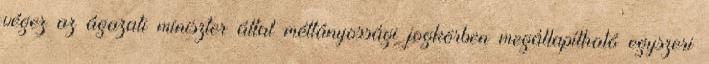
végez az ágazati miniszter által méltányossági jogkörben megállapítható egyszeri